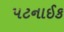
પટનાઈક